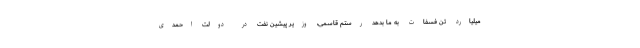
میلیارد تن فسفات به ما بدهد رستم قاسمی، وزیر پیشین نفت در دولت احمدی